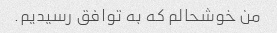
من خوشحالم که به توافق رسیدیم.